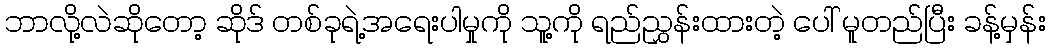
ဘာလို့လဲဆိုတော့ ဆိုဒ် တစ်ခုရဲ့အရေးပါမှုကို သူ့ကို ရည်ညွှန်းထားတဲ့ ပေါ် မူတည်ပြီး ခန့်မှန်း